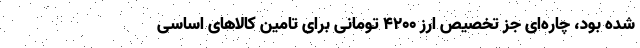
شده بود، چاره‌ای جز تخصیص ارز ۴۲۰۰ تومانی برای تامین کالاهای اساسی